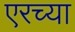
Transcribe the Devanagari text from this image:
एरच्या